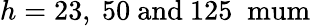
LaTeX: h=23,\ 50\ \mathrm{{and}\ 125\; \mathrm{{\ mum}}}